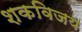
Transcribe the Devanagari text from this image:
शकविजय